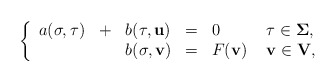
\begin{align*}\left\{\begin{array}{llllll} \displaystyle a(\mathbf\sigma,\mathbf\tau)& + & b(\mathbf\tau,\mathbf u)& =& 0&\ \mathbf\tau\in \mathbf\Sigma,\\\displaystyle & & b(\mathbf\sigma,\mathbf v)& = & F(\mathbf v) &\ \mathbf v\in \mathbf V,\end{array}\right.\end{align*}